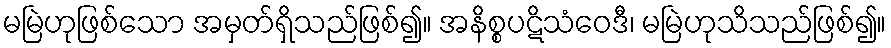
မမြဲဟုဖြစ်သော အမှတ်ရှိသည်ဖြစ်၍။ အနိစ္စပဋိသံဝေဒီ၊ မမြဲဟုသိသည်ဖြစ်၍။